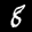
Label: 8